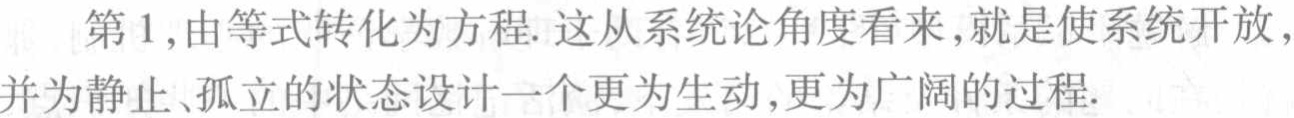
第1,由等式转化为方程. 这从系统论角度看来,就是使系统开放,并为静止、孤立的状态设计一个更为生动,更为广阔的过程.